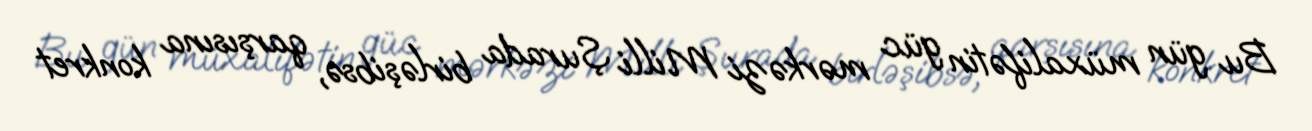
Bu gün müxalifətin güc mərkəzi Milli Şurada birləşibsə, qarşısına konkret